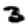
Digit: 3